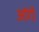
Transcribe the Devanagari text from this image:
ऑर्गी